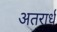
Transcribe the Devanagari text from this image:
अतरार्ध